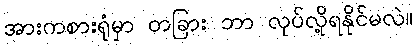
အားကစားရုံမှာ တခြား ဘာ လုပ်လို့ရနိုင်မလဲ။